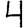
Digit: 4